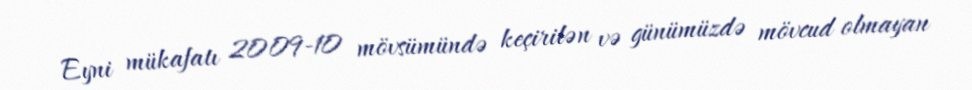
Eyni mükafatı 2009-10 mövsümündə keçirilən və günümüzdə mövcud olmayan